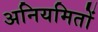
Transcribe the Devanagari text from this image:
अनियमितों